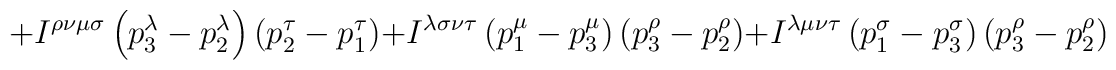
+I^{\rho \nu \mu \sigma }\left( p_{3}^{\lambda }-p_{2}^{\lambda }\right)\left( p_{2}^{\tau }-p_{1}^{\tau }\right)  +I^{\lambda \sigma \nu \tau }\left( p_{1}^{\mu }-p_{3}^{\mu}\right) \left( p_{3}^{\rho }-p_{2}^{\rho }\right) +I^{\lambda \mu \nu \tau }\left(p_{1}^{\sigma }-p_{3}^{\sigma}\right)\left( p_{3}^{\rho }-p_{2}^{\rho }\right)